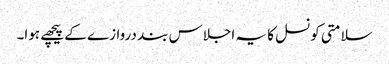
سلامتی کونسل کا یہ اجلاس بند دروازے کے پیچھے ہوا۔